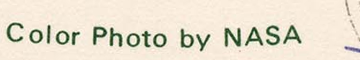
Color Photo by NASA